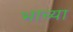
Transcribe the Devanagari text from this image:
भाच्या